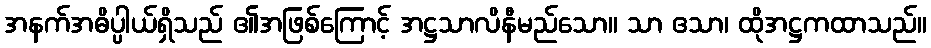
အနက်အဓိပ္ပါယ်ရှိသည် ၏အဖြစ်ကြောင့် အဋ္ဌသာလိနီမည်သော။ သာ ဧသာ၊ ထိုအဋ္ဌကထာသည်။